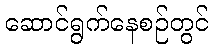
ဆောင်ရွက်နေစဉ်တွင်